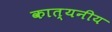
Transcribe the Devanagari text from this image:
कात्यनीय